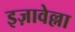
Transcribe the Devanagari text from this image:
इज़ावेल्ला